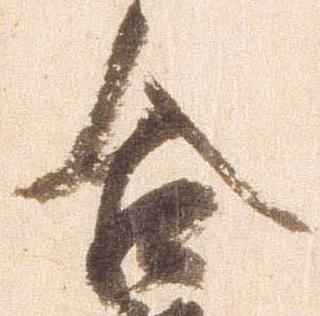
合